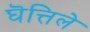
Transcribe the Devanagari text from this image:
घॆत्तिले